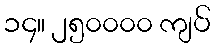
၁၄။ ၂၅၀၀၀၀ ကျပ်